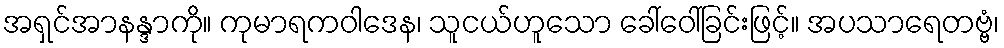
အရှင်အာနန္ဒာကို။ ကုမာရကဝါဒေန၊ သူငယ်ဟူသော ခေါ်ဝေါ်ခြင်းဖြင့်။ အပသာရေတဗ္ဗံ၊